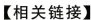
【相关链接】